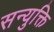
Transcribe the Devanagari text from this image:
सन्युक्ति